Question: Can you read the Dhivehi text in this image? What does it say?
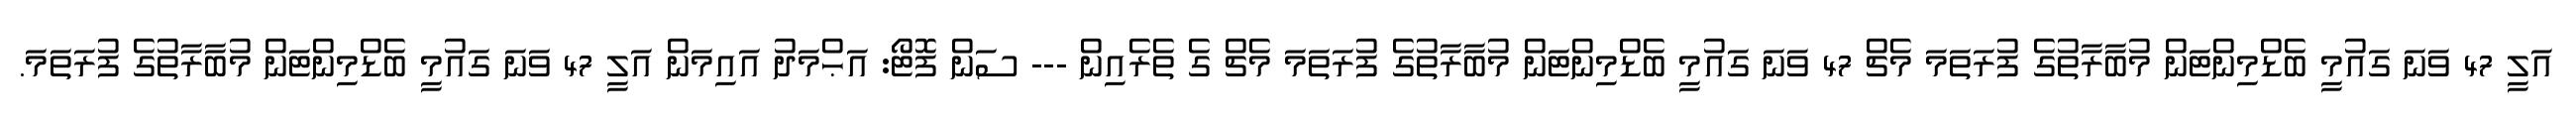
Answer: އަލީ 47 ވަނަ ގައުމީ ބެޑްމިންޓަން މުބާރާތުގެ ފުރަތަމަ މެޗް 47 ވަނަ ގައުމީ ބެޑްމިންޓަން މުބާރާތުގެ ފުރަތަމަ މެޗް ގެ ތެރެއިން --- ސަން ފޮޓޯ: އަޙްމަދު އައިމަން އަލީ 47 ވަނަ ގައުމީ ބެޑްމިންޓަން މުބާރާތުގެ ފުރަތަމަ.